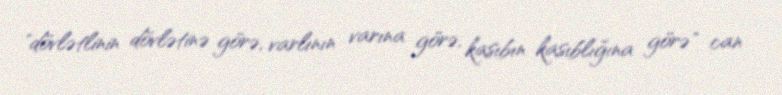
"dövlətlinin dövlətinə görə, varlının varına görə, kasıbın kasıblığına görə" can